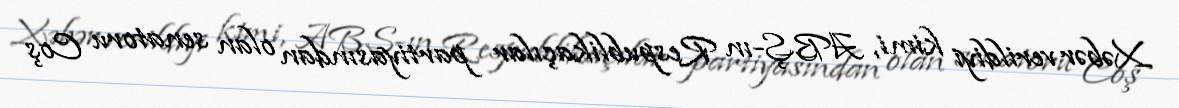
Xəbər verildiyi kimi, ABŞ-ın Respublikaçılar partiyasından olan senatoru Coş